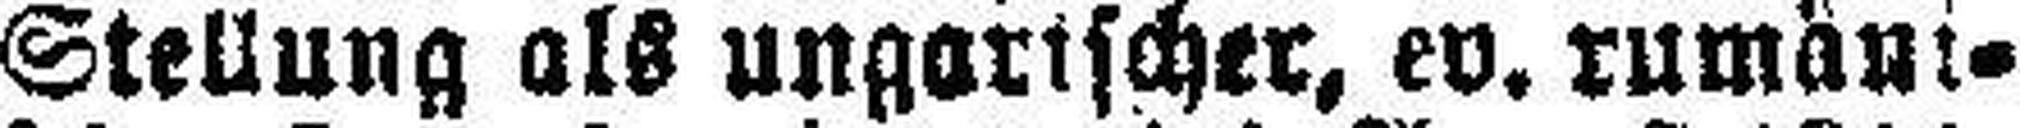
Stellung als ungarischer, ev. rumäni¬